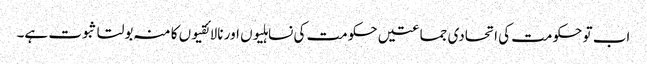
اب تو حکومت کی اتحادی جماعتیں حکومت کی نساہلیوں اور نالائقیوں کا منہ بولتا ثبوت ہے۔